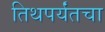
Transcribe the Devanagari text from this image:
तिथपर्यंतचा